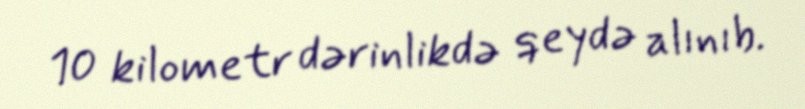
10 kilometr dərinlikdə qeydə alınıb.